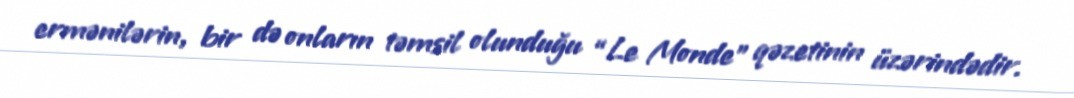
ermənilərin, bir də onların təmsil olunduğu “Le Monde” qəzetinin üzərindədir.